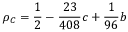
\rho _ { C } = \frac { 1 } { 2 } - \frac { 2 3 } { 4 0 8 } c + \frac { 1 } { 9 6 } b